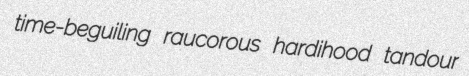
time-beguiling raucorous hardihood tandour